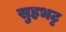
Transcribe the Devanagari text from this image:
सुहभट्ट